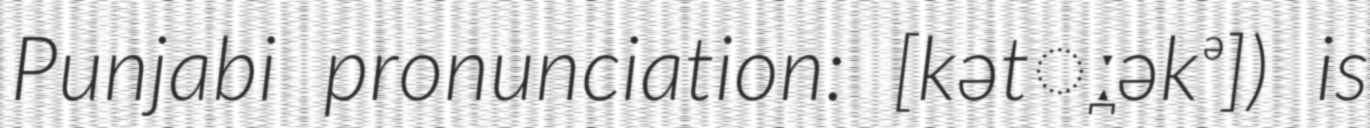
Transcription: Punjabi pronunciation: [kət̪ːəkᵊ]) is